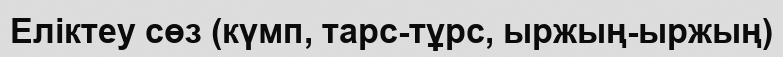
Еліктеу сөз (күмп, тарс-тұрс, ыржың-ыржың)